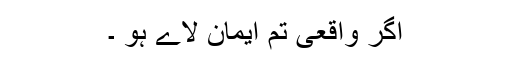
اگر واقعی تم ایمان لاے ہو ۔